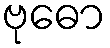
ဗုဓော